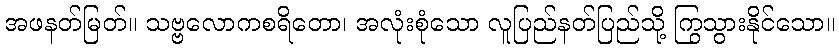
အဖနတ်မြတ်။ သဗ္ဗလောကစရိတော၊ အလုံးစုံသော လူပြည်နတ်ပြည်သို့ ကြွသွားနိုင်သော။